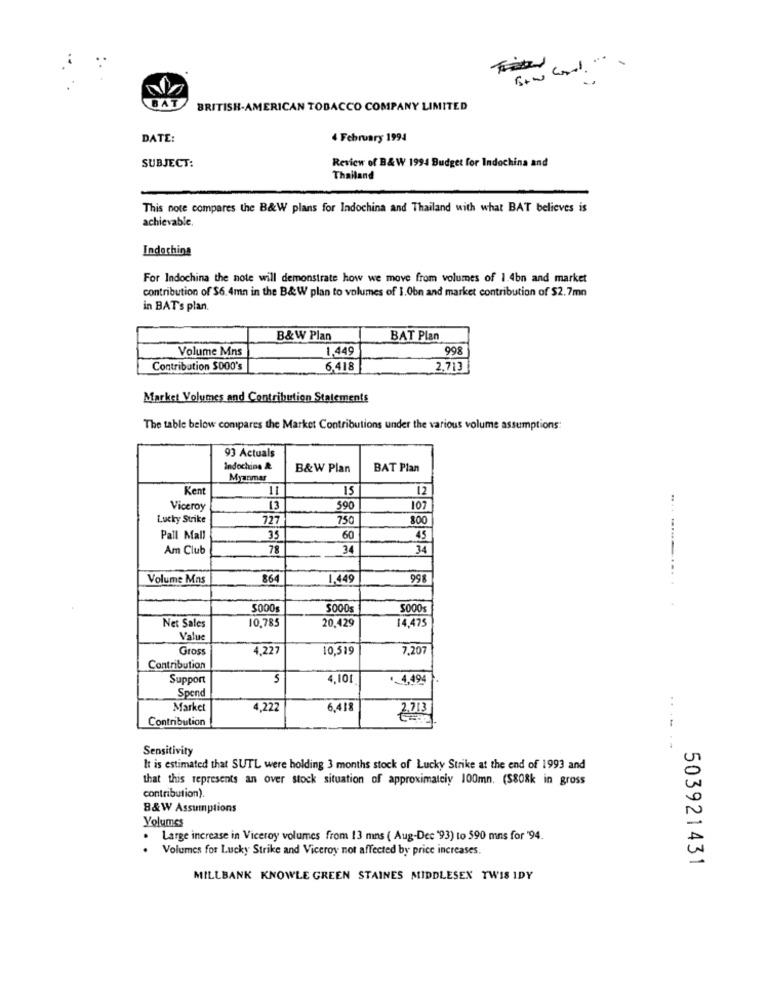
BAT
BRITISH-AMERICAN TOBACCO COMPANY LIMITED
DATE:
4 February 1994
Review of B&W 1994 Budget for Indochina and
SUBJECT:
Thailand
This note compares the B&W plans for Indochina and Thailand with what BAT believes is
achievable.
Indochina
For Indochina the note will demonstrate how we move from volumes of 1.4bn and market
contribution of $6.4mn in the B&W plan to volumes of 1.0bn and market contribution of $2.7mn
in BAT's plan.
B&W Plan
BAT Plan
Volume Mns
1,449
998
Contribution $000's
6.418
2,713
Market Volumes and Contribution Statements
The table below compares the Market Contributions under the various volume assumptions:
93 Actuals
Indochine &
B&W Plan
BAT Plan
Myanmar
Kent
15
12
Viceroy
13
590
107
Lucky Strike
727
750
800
Pall Mall
35
60
45
Am Club
78
3
34
Volume Mns
864
1.449
998
............
5000
5000
5000s
10.785
20,429
14,475
Net Sales
Value
Gross
4,227
10,519
7,207
Contribution
Support
5
4,101
.. 4,494 .
Spend
Market
4,222
6,418
2.713
Contribution
Sensitivity
It is estimated that SUTL were holding 3 months stock of Lucky Strike at the end of 1993 and
that this represents an over stock situation of approximately 100mn. (S808k in gross
contribution).
8&W Assumptions
Yolumes
Large increase in Viceroy volumes from 13 mins ( Aug-Dec '93) to 590 mns for '94.
.
Volumes for Lucky Strike and Viceroy not affected by price increases.
503921431
MILLBANK KNOWLE GREEN STAINES MIDDLESEX TWIS IDY